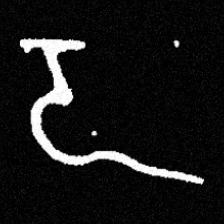
Pyu character \u2014 Myanmar letter: ဍ (romanized: dda)